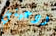
ودعيني